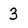
Character: 3